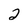
Character: 2